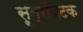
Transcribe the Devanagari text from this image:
सूत्रपिटक